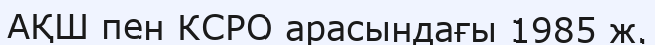
АҚШ пен КСРО арасындағы 1985 ж.